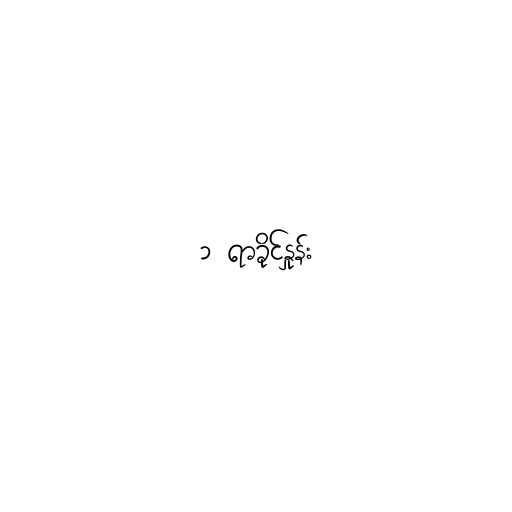
၁ ရာခိုင်နှုန်း